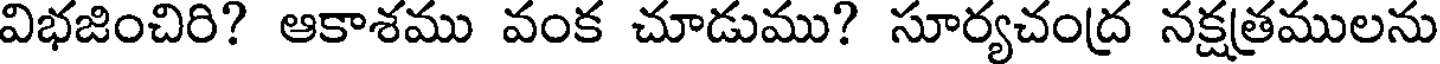
విభజించిరి? ఆకాశము వంక చూడుము? సూర్యచంద్ర నక్షత్రములను